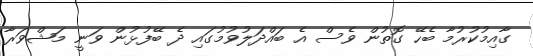
ގާއިމުކުރުމާ ބެހޭ ގޮތުން ވެސް އެ ބައްދަލުވުމުގައި ދެ ބޭފުޅުން ވަނީ މަޝްވަރާ